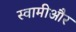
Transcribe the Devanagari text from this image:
स्वामीऔर